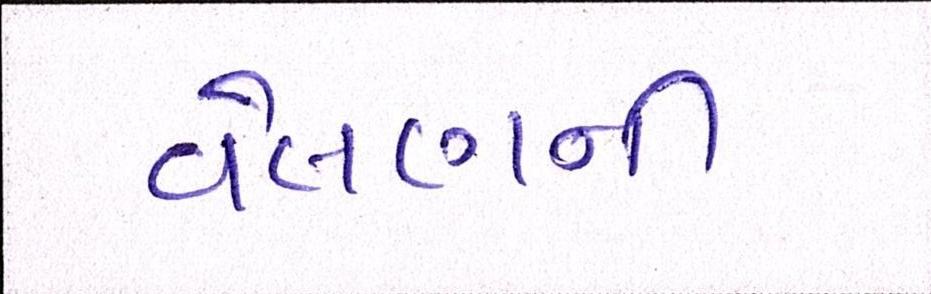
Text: વેલણની